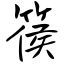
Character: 篌